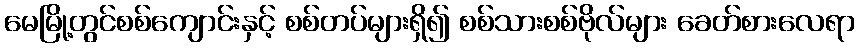
မေမြို့တွင်စစ်ကျောင်းနှင့် စစ်တပ်များရှိ၍ စစ်သားစစ်ဗိုလ်များ ခေတ်စားလေရာ